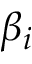
\beta _ { i }